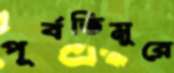
পূর্বতিমুরে